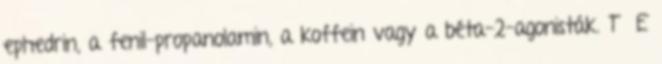
ephedrin, a fenil-propanolamin, a koffein vagy a béta-2-agonisták. T E